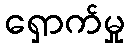
ရှောက်မှု